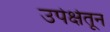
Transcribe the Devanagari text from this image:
उपेक्षेतून